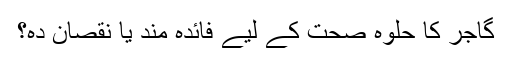
گاجر کا حلوہ صحت کے لیے فائدہ مند یا نقصان دہ؟